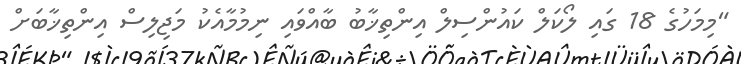
"މިމަހުގެ 18 ގައި ލޯކަލް ކައުންސިލް އިންތިޚާބު ބާއްވައި ނިމުމާއެކު މަޖިލިސް އިންތިޚާބަށް